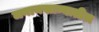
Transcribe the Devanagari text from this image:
जनानखान्यातील